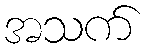
အသက်